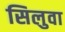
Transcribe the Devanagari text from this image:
सिलुवा